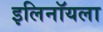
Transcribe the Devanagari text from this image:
इलिनॉयला